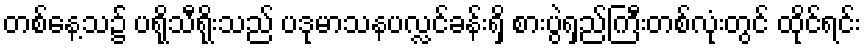
တစ်နေ့သ၌ ပရိုသီရိုးသည် ပဒုမာသနပလ္လင်ခန်းရှိ စားပွဲရှည်ကြီးတစ်လုံးတွင် ထိုင်ရင်း